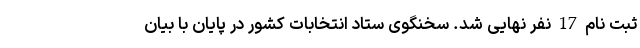
ثبت نام 17 نفر نهایی شد. سخنگوی ستاد انتخابات کشور در پایان با بیان